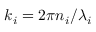
k _ { i } = 2 \pi n _ { i } / \lambda _ { i }